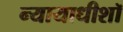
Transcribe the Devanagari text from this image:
न्यायाधीशॉ